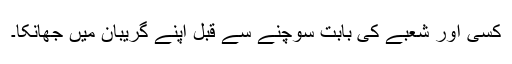
کسی اور شعبے کی بابت سوچنے سے قبل اپنے گریبان میں جھانکا۔